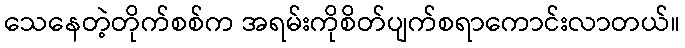
သေနေတဲ့တိုက်စစ်က အရမ်းကိုစိတ်ပျက်စရာကောင်းလာတယ်။